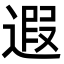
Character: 遐